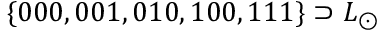
\{ 0 0 0 , 0 0 1 , 0 1 0 , 1 0 0 , 1 1 1 \} \supset L _ { \odot }